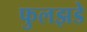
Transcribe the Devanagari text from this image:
फुलझडे